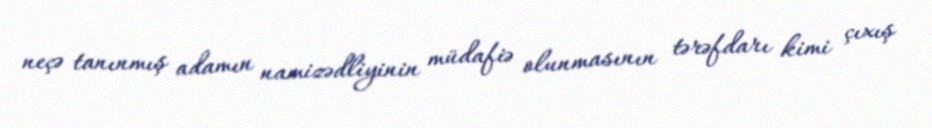
neçə tanınmış adamın namizədliyinin müdafiə olunmasının tərəfdarı kimi çıxış